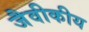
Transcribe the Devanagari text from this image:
जैवीकीय